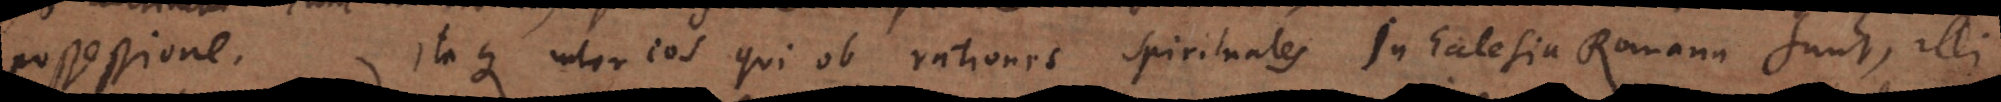
possessione. Itaque inter eos qui ob rationes spirituales in Ecclesia Romana sunt, illi